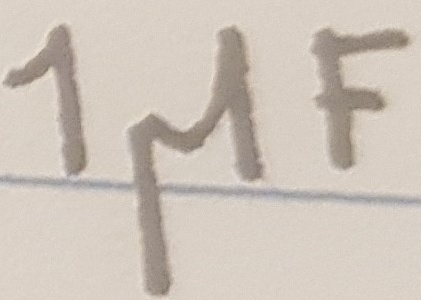
Text: 1µF